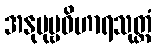
အနုပုဗ္ဗဝိဟာရသုတ္တံ